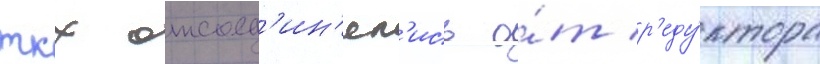
ткх отсоед'ин'ял'ись о́т р'еду́ктора